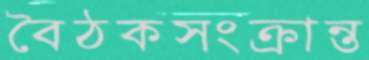
বৈঠকসংক্রান্ত